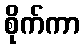
စိုက်ကာ